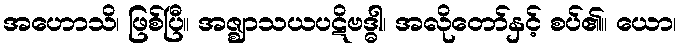
အဟောသိ၊ ဖြစ်ပြီ။ အဇ္ဈာသယပဋိဗဒ္ဓါ၊ အလိုတော်နှင့် စပ်၏။ ယော၊